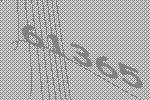
61365